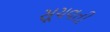
સૂચવતી